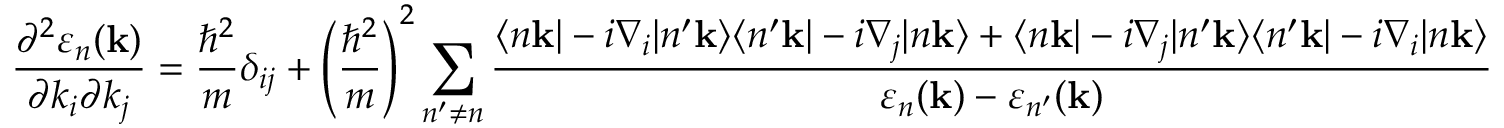
{ \frac { \partial ^ { 2 } \varepsilon _ { n } ( \mathbf { k } ) } { \partial k _ { i } \partial k _ { j } } } = { \frac { \hbar ^ { 2 } } { m } } \delta _ { i j } + \left( { \frac { \hbar ^ { 2 } } { m } } \right) ^ { 2 } \sum _ { n ^ { \prime } \neq n } { \frac { \langle n \mathbf { k } | - i \nabla _ { i } | n ^ { \prime } \mathbf { k } \rangle \langle n ^ { \prime } \mathbf { k } | - i \nabla _ { j } | n \mathbf { k } \rangle + \langle n \mathbf { k } | - i \nabla _ { j } | n ^ { \prime } \mathbf { k } \rangle \langle n ^ { \prime } \mathbf { k } | - i \nabla _ { i } | n \mathbf { k } \rangle } { \varepsilon _ { n } ( \mathbf { k } ) - \varepsilon _ { n ^ { \prime } } ( \mathbf { k } ) } }